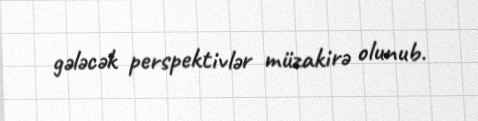
gələcək perspektivlər müzakirə olunub.